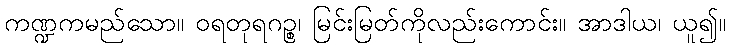
ကဏ္ဍကမည်သော။ ဝရတုရဂဉ္စ၊ မြင်းမြတ်ကိုလည်းကောင်း။ အာဒါယ၊ ယူ၍။